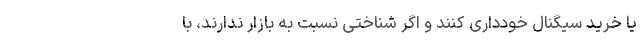
یا خرید سیگنال خودداری کنند و اگر شناختی نسبت به بازار ندارند، با